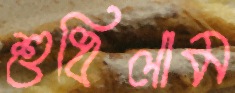
শুধিলাম